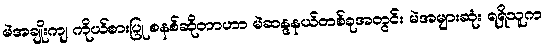
မဲအချိုးကျ ကိုယ်စားပြု စနစ်ဆိုတာဟာ မဲဆန္ဒနယ်တစ်ခုအတွင်း မဲအများဆုံး ရရှိသူက